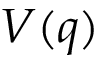
V ( q )